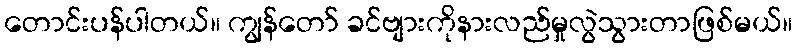
တောင်းပန်ပါတယ်။ ကျွန်တော် ခင်ဗျားကိုနားလည်မှုလွဲသွားတာဖြစ်မယ်။